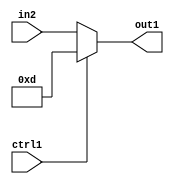
`timescale 1ps / 1ps
/*****************************************************************************
    Verilog RTL Description
    
    
    Created by: Stratus DpOpt 2019.1.01 
*******************************************************************************/

module fix2float_Muxi13u5u1_1 (
	in2,
	ctrl1,
	out1
	); /* architecture "behavioural" */ 
input [4:0] in2;
input  ctrl1;
output [4:0] out1;
wire [4:0] asc001;

reg [4:0] asc001_tmp_0;
assign asc001 = asc001_tmp_0;
always @ (ctrl1 or in2) begin
	case (ctrl1)
		1'B1 : asc001_tmp_0 = 5'B01101 ;
		default : asc001_tmp_0 = in2 ;
	endcase
end

assign out1 = asc001;
endmodule

/* CADENCE  uLPzSAE= : u9/ySgnWtBlWxVPRXgAZ4Og= ** DO NOT EDIT THIS LINE ******/